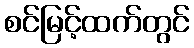
စင်မြင့်ထက်တွင်